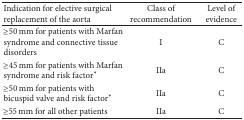
<table><thead><tr><td><b>Indication for elective surgical replacement of the aorta</b></td><td><b>Class of recommendation</b></td><td><b>Level of evidence</b></td></tr></thead><tbody><tr><td>≥50 mm for patients with Marfan syndrome and connective tissue disorders</td><td>I</td><td>C</td></tr><tr><td>≥45 mm for patients with Marfan syndrome and risk factor*</td><td>IIa</td><td>C</td></tr><tr><td>≥50 mm for patients with bicuspid valve and risk factor*</td><td>IIa</td><td>C</td></tr><tr><td>≥55 mm for all other patients</td><td>IIa</td><td>C</td></tr></tbody></table>